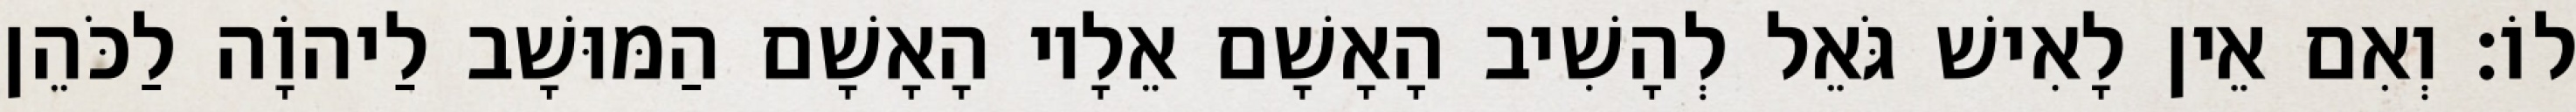
לוֹ׃ וְאִם אֵין לָאִישׁ גֹּאֵל לְהָשִׁיב הָאָשָׁם אֵלָיו הָאָשָׁם הַמּוּשָׁב לַיהוָֹה לַכֹּהֵן